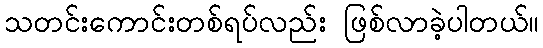
သတင်းကောင်းတစ်ရပ်လည်း ဖြစ်လာခဲ့ပါတယ်။